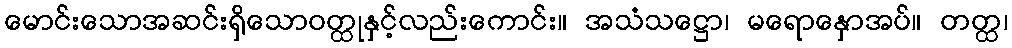
မောင်းသောအဆင်းရှိသောဝတ္ထုနှင့်လည်းကောင်း။ အသံသဋ္ဌော၊ မရောနှောအပ်။ တတ္ထ၊